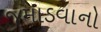
જમાડવાનો